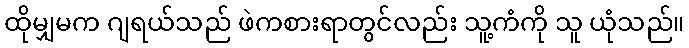
ထိုမျှမက ဂျရယ်သည် ဖဲကစားရာတွင်လည်း သူ့ကံကို သူ ယုံသည်။